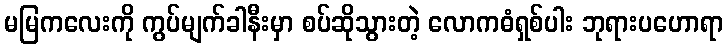
မမြကလေးကို ကွပ်မျက်ခါနီးမှာ စပ်ဆိုသွားတဲ့ လောကဓံရှစ်ပါး ဘုရားပဟောရာ